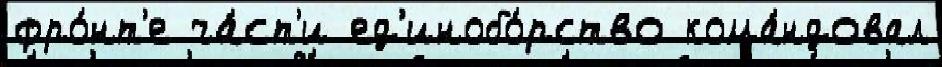
фро́нт'е ча́ст'и ед'инобо́рство кома́ндовал